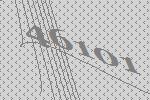
46101